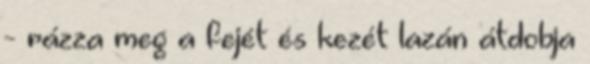
- rázza meg a fejét és kezét lazán átdobja